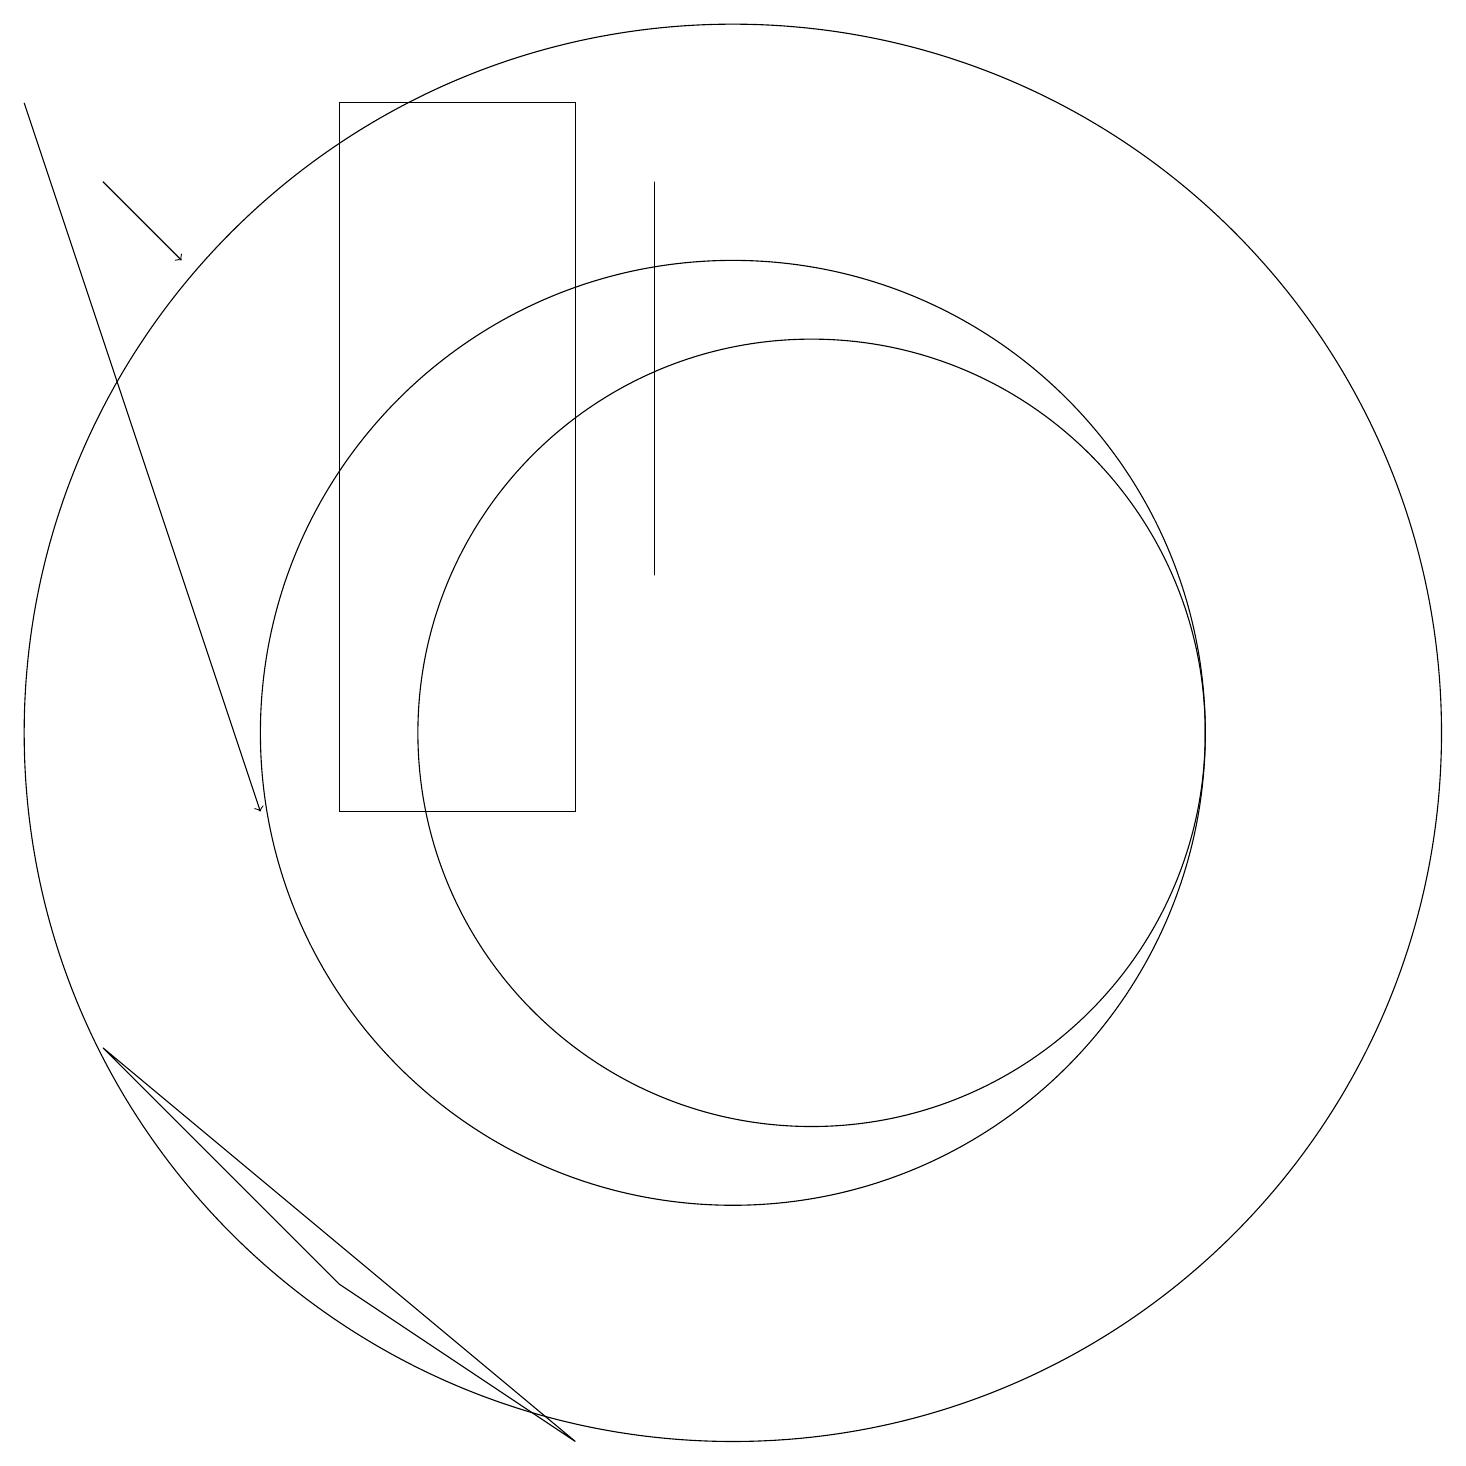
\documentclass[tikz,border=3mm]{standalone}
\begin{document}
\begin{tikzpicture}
\draw (11,11) circle (5);
\draw[->] (2,18) -- (3,17);
\draw (9,18) rectangle (9,13);
\draw (2,7) -- (5,4) -- (8,2) -- cycle;
\draw (10,11) circle (9);
\draw (8,10) rectangle (5,19);
\draw (10,11) circle (6);
\draw[->] (1,19) -- (4,10);
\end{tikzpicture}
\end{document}